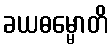
ခယဓမ္မောတိ